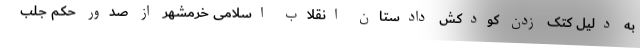
به دلیل کتک زدن کودکش دادستان انقلاب اسلامی خرمشهر از صدور حکم جلب